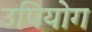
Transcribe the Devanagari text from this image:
उपियोग